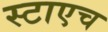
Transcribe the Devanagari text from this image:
स्टाएच